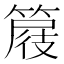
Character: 𥰦